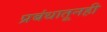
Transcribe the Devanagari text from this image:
प्रबंधातूनही